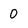
Character: 0